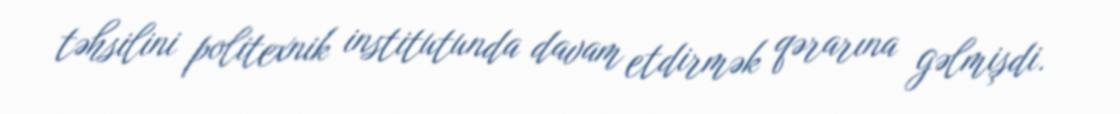
təhsilini politexnik institutunda davam etdirmək qərarına gəlmişdi.